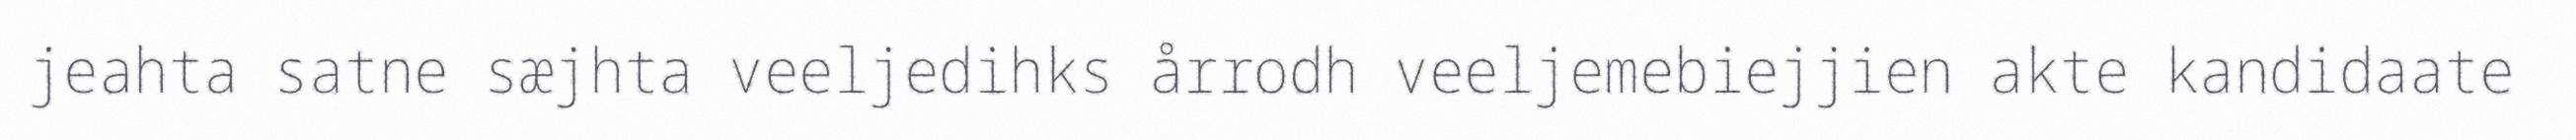
jeahta satne sæjhta veeljedihks årrodh veeljemebiejjien akte kandidaate